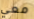
معي